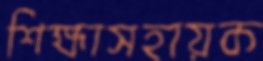
শিক্ষাসহায়ক